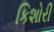
કિશોરી